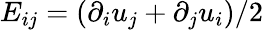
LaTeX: E_{ij}=(\partial_{i}u_{j}+\partial_{j}u_{i})/2